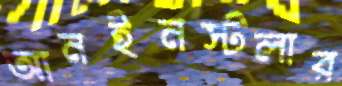
আনইনস্টলার